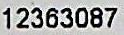
12363087